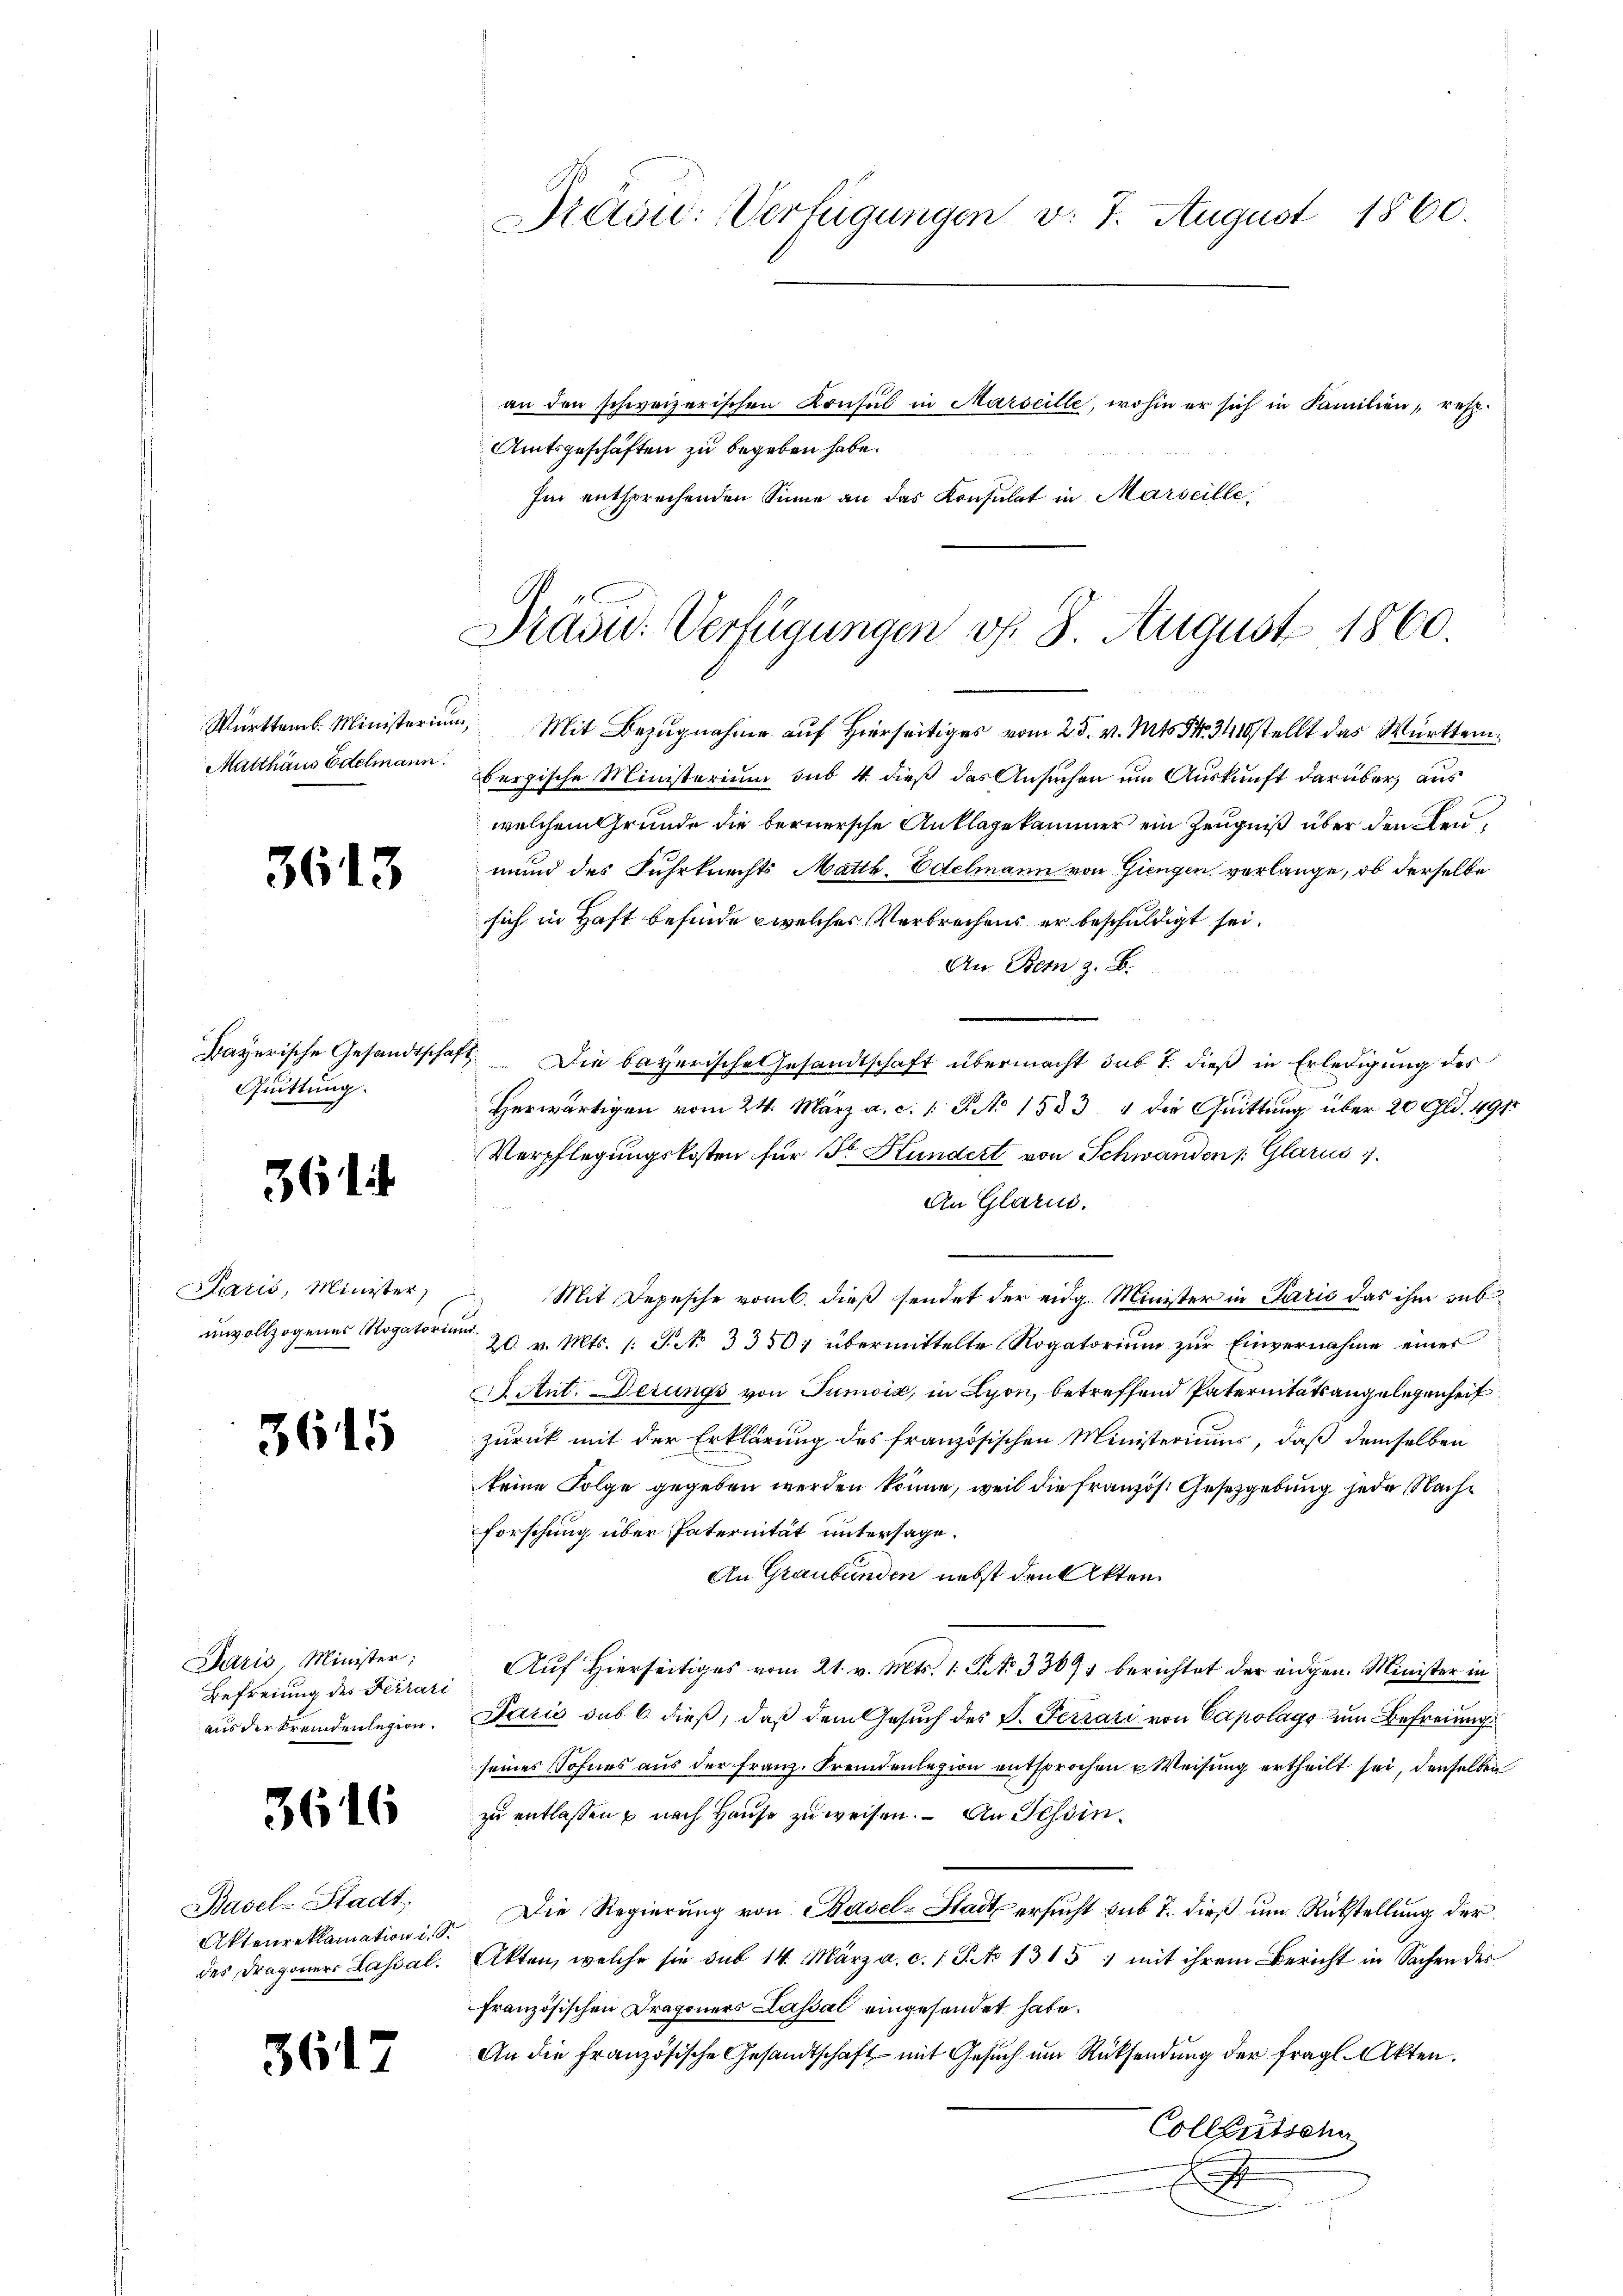
Württemb. Ministerium
Matthäus Edelmann.

3613

Bayerische Gesandtschaf
Quittung.

361

Paris, Minister
unvollzogenes Rogatori

3615

Paris, Minister;
Befreiung des Ferrare
aus der Fremdenlegion.

3616

Basel-Stadt,
Aktenreklamation i. S.
des Dragoner Kassal.

36

Präsu: Verfügungen v. 7. August 1860.
an den schweizerischen Konsul in Marseille, wohin er sich in Familien, resp.
Amtsgeschäften zu begeben habe.
Im entsprechenden Sinne an das Konsulat in Marseille,

Präsid. Verfügungen d. 8 August 1860

Mit Bezugnahme auf Hierseitiges vom 25. v. Mts. S. 341 stellt das Württembergische Ministerium sub 4. dieß das Ansuchen um Auskunft darüber, aus
welchem Grunde die bernersche Anklagekammer ein Zeugniß über den Kenmund des Fuhrknechts Matth. Edelmann von Giengen verlange, ob derselbe
sich in Haft befinde welches Verbrechens er beschuldigt sei.
An Bern z. B.
21. Die bayerische Gesandtschaft übermacht sub 7. dieß in Erledigung des
Herwärtigen vom 24. März a. c. 1 P. No 1533, 4 die Quittung über 20 Gld. 491.
Verpflegungskosten für Sr. Kundert von Schwanden /: Glarus 1
An Glarus.
Mit Depesche vom 6. dieß sendet der eidg. Minister in Paris das ihm sub
20. v. Mts. (: S. N. 3350 übermittelte Rogatorium zur Einvernahme eines
. tut. Derungs von Juniia, in Lyon, betreffend Paternitätsangelegenheit
zurück mit der Erklärung des französischen Ministeriums, daß demselben
keine Folge gegeben werden könne, weil die französ. Gesetzgebung jede Nachforschung über Paternität untersage.
An Graubünden nebst den Akten.
Auf Hierseitiges vom 21. v. Mts. 1. P. No 3307. berichtet der eidgen. Minister in
Jaris sub 6. dieß, daß dem Gesuch des P. Terrari von Capolags um Befreiung
seines Sohnes aus der franz. Fremdenlagion entsprochen u Weisung ertheilt sei, denselben
zu entlassen u nach Hause zuweisen. – An Tessin¬
Die Regierung von Basel-Stadt ersucht sub 7. dieß um Rückstellung der
Akten, welche sie sub 14. März a. c. 1 S. No 1315) mit ihrem Bericht in Sachen des
französischen Dragoners Kassal eingesendet habe.
An die französische Gesandtschaft mit Gesuch um Rücksendung der fragl. Akten.
Colleutscha
.